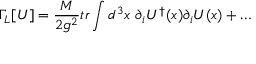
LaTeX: \Gamma _ { L } [ U ] = { \frac { M } { 2 g ^ { 2 } } } t r \int d ^ { 3 } x ~ \partial _ { i } U ^ { \dagger } ( x ) \partial _ { i } U ( x ) + \ldots